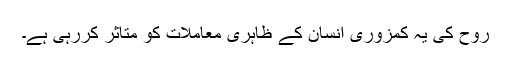
روح کی یہ کمزوری انسان کے ظاہری معاملات کو متاثر کررہی ہے۔